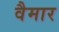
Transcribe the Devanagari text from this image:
वैमार